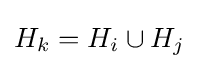
H_{k}=H_{i}\cup H_{j}